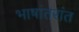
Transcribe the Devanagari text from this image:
भाषांतरांत